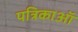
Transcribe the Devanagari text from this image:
पत्रिकाऑं